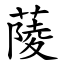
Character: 䔖